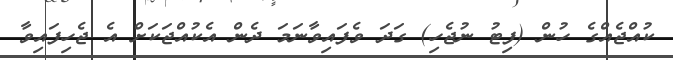
ކުއްޖެއްގެ ހުން (ފިޓު ނުޖެހި) ގަދަ ވެފައިވާނަމަ ދެން އެކުއްޖަކަށް އެ ޖެހިފައިވާ